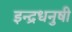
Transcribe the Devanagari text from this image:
इन्‍द्रधनुषी